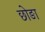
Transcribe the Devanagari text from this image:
छोङा